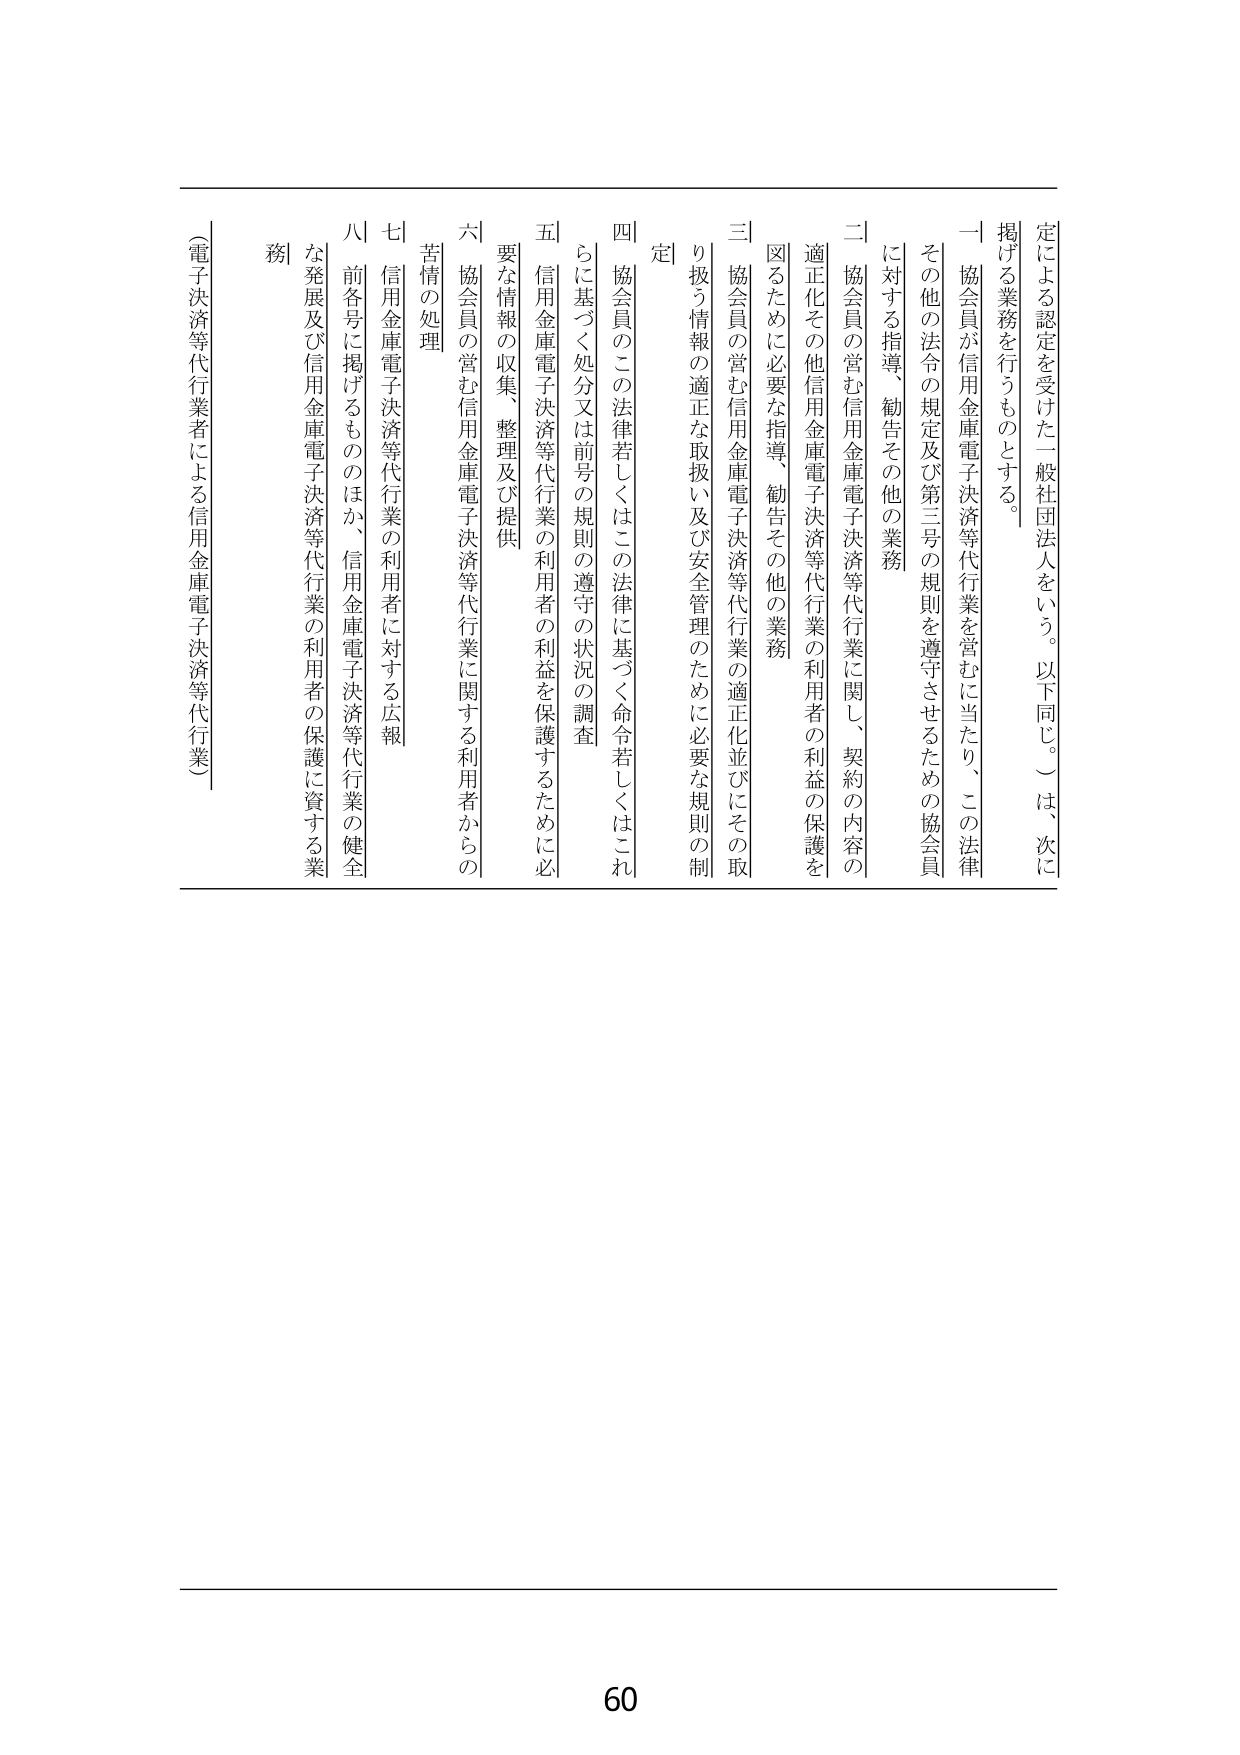
定による認定を受けた一般社団法人をいう。以下同じ。）は、次に
掲げる業務を行うものとする。
一 協会員が信用金庫電子決済等代行業を営むに当たり、この法律
その他の法令の規定及び第三号の規則を遵守させるための協会員
に対する指導、勧告その他の業務
二 協会員の営む信用金庫電子決済等代行業に関し、契約の内容の
適正化その他信用金庫電子決済等代行業の利用者の利益の保護を
図るために必要な指導、勧告その他の業務
三 協会員の営む信用金庫電子決済等代行業の適正化並びにその取
り扱う情報の適正な取扱い及び安全管理のために必要な規則の制
定
四 協会員のこの法律若しくはこの法律に基づく命令若しくはこれ
らに基づく処分又は前号の規則の遵守の状況の調査
五 信用金庫電子決済等代行業の利用者の利益を保護するために必
要な情報の収集、整理及び提供
六 協会員の営む信用金庫電子決済等代行業に関する利用者からの
苦情の処理
七 信用金庫電子決済等代行業の利用者に対する広報
八 前各号に掲げるもののほか、信用金庫電子決済等代行業の健全
な発展及び信用金庫電子決済等代行業の利用者の保護に資する業
務
（電子決済等代行業者による信用金庫電子決済等代行業）
60